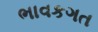
ભાવકગત